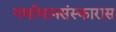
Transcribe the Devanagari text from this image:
गर्भाधानसंस्कारास